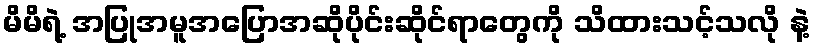
မိမိရဲ့ အပြုအမူအပြောအဆိုပိုင်းဆိုင်ရာတွေကို သိထားသင့်သလို နဲ့